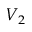
V _ { 2 }